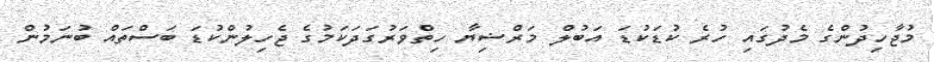
މުޖާހިދުންގެ މެދުގައި ހުރެ ކުޑަކުޑަ އަބުލް މަރްޟިޔާ ހިތްވަރުގަދަކަމުގެ ޖެހިލުންކުޑަ ބަސްތައް ބުނަމުން